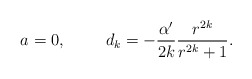
\begin{align*}a=0, \hspace{1cm} d_k=-\frac{\alpha'}{2k}\frac{r^{2k}}{r^{2k}+1}.\end{align*}